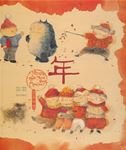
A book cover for Nian, the New Year Monster (Chinese Edition); Liang Xiong; Children's Books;